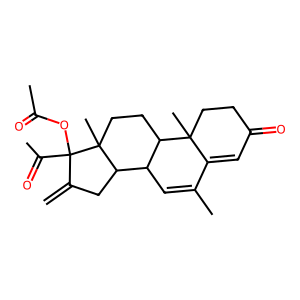
SMILES: C=C1CC2C3C=C(C)C4=CC(=O)CCC4(C)C3CCC2(C)C1(OC(C)=O)C(C)=O
Inhibits HIV replication: No